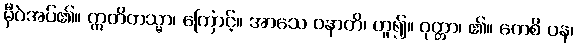
မှီဝဲအပ်၏။ ဣတိတသ္မာ၊ ကြောင့်။ အာသေ ဝနာတိ၊ ဟူ၍။ ဝုတ္တာ၊ ၏။ ကေစိ ပန၊